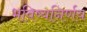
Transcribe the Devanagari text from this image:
भविष्यनिर्णय